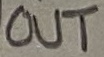
Text: OUT